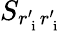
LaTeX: S_{r_{\mathrm{~i~}}^{\prime}r_{\mathrm{~i~}}^{\prime}}